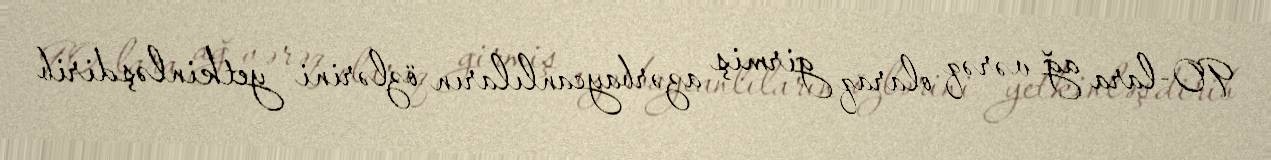
90-lara ağ vərəq olaraq girmiş azərbaycanlıların özlərini yetkinləşdirib